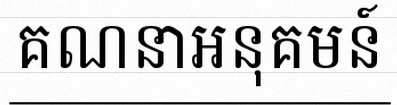
គណនាអនុគមន៍